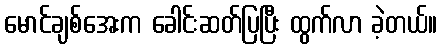
မောင်ချစ်အေးက ခေါင်းဆတ်ပြပြီး ထွက်လာ ခဲ့တယ်။